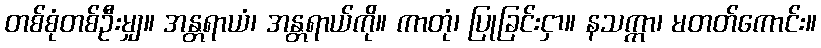
တစ်စုံတစ်ဦးမျှ။ အန္တရာယံ၊ အန္တရာယ်ကို။ ကာတုံ၊ ပြုခြင်းငှာ။ နသက္ကာ၊ မတတ်ကောင်း။